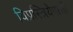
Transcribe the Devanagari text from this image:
विप्रस्त्रियेपासी